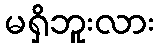
မရှိဘူးလား